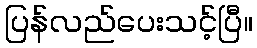
ပြန်လည်ပေးသင့်ပြီ။